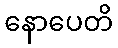
နောပေတိ